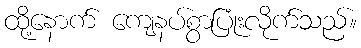
ထို့နောက် ကျေနပ်စွာပြုံးလိုက်သည်။